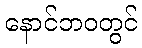
နောင်ဘဝတွင်